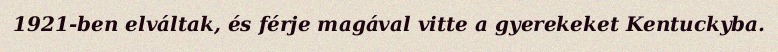
1921-ben elváltak, és férje magával vitte a gyerekeket Kentuckyba.